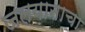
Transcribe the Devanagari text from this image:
जलयानाचा